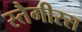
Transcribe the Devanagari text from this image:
स्तैगीरस